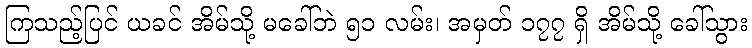
ကြသည့်ပြင် ယခင် အိမ်သို့ မခေါ်ဘဲ ၅၁ လမ်း၊ အမှတ် ၁၇၇ ရှိ အိမ်သို့ ခေါ်သွား